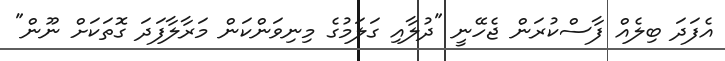
އެފަދަ ބިލެއް ފާސްކުރަން ޖެހޭނީ "ދުލާއި ގަލަމުގެ މިނިވަންކަން މަރާލާފަދަ ގޮތަކަށް ނޫން"